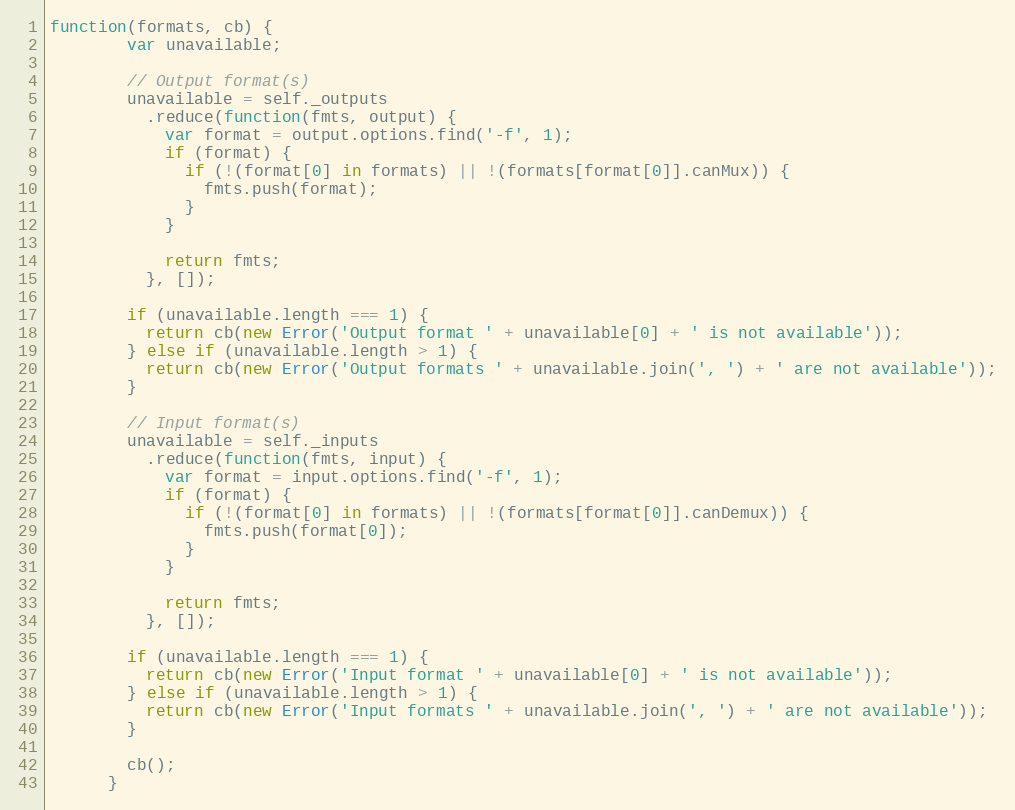
Language: JavaScript
function(formats, cb) {
        var unavailable;

        // Output format(s)
        unavailable = self._outputs
          .reduce(function(fmts, output) {
            var format = output.options.find('-f', 1);
            if (format) {
              if (!(format[0] in formats) || !(formats[format[0]].canMux)) {
                fmts.push(format);
              }
            }

            return fmts;
          }, []);

        if (unavailable.length === 1) {
          return cb(new Error('Output format ' + unavailable[0] + ' is not available'));
        } else if (unavailable.length > 1) {
          return cb(new Error('Output formats ' + unavailable.join(', ') + ' are not available'));
        }

        // Input format(s)
        unavailable = self._inputs
          .reduce(function(fmts, input) {
            var format = input.options.find('-f', 1);
            if (format) {
              if (!(format[0] in formats) || !(formats[format[0]].canDemux)) {
                fmts.push(format[0]);
              }
            }

            return fmts;
          }, []);

        if (unavailable.length === 1) {
          return cb(new Error('Input format ' + unavailable[0] + ' is not available'));
        } else if (unavailable.length > 1) {
          return cb(new Error('Input formats ' + unavailable.join(', ') + ' are not available'));
        }

        cb();
      }